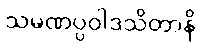
သမဏပ္ပဝါဒသိတာနိ